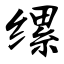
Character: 缧